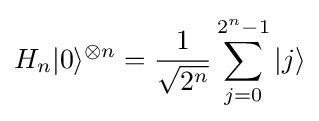
H_{n}|0\rangle ^{\otimes n}={\frac {1}{\sqrt {2^{n}}}}\sum _{j=0}^{2^{n}-1}|j\rangle